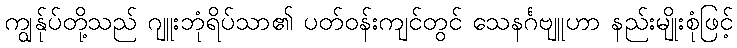
ကျွန်ုပ်တို့သည် ဂျူးဘုံရိပ်သာ၏ ပတ်ဝန်းကျင်တွင် သေနင်္ဂဗျူဟာ နည်းမျိုးစုံဖြင့်